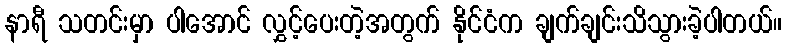
နာရီ သတင်းမှာ ပါအောင် လွှင့်ပေးတဲ့အတွက် နိုင်ငံက ချက်ချင်းသိသွားခဲ့ပါတယ်။